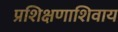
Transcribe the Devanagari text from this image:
प्रशिक्षणाशिवाय